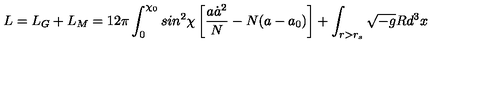
L = L _ { G } + L _ { M } = 1 2 \pi \int _ { 0 } ^ { \chi _ { 0 } } s i n ^ { 2 } \chi \left[ \frac { a \dot { a } ^ { 2 } } { N } - N ( a - a _ { 0 } ) \right] + \int _ { r > r _ { s } } \sqrt { - g } R d ^ { 3 } x